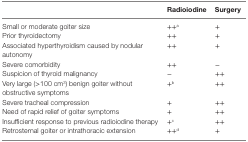
<table><thead><tr><td></td><td><b>Radioiodine</b></td><td><b>Surgery</b></td></tr></thead><tbody><tr><td>Small or moderate goiter size</td><td>++<sup>a</sup></td><td>+</td></tr><tr><td>Prior thyroidectomy</td><td>++</td><td>+</td></tr><tr><td>Associated hyperthyroidism caused by nodular autonomy</td><td>++</td><td>+</td></tr><tr><td>Severe comorbidity</td><td>++</td><td>−</td></tr><tr><td>Suspicion of thyroid malignancy</td><td>−</td><td>++</td></tr><tr><td>Very large (&gt;100 cm<sup>3</sup>) benign goiter without obstructive symptoms</td><td>+<sup>b</sup></td><td>++</td></tr><tr><td>Severe tracheal compression</td><td>+</td><td>++</td></tr><tr><td>Need of rapid relief of goiter symptoms</td><td>+</td><td>++</td></tr><tr><td>Insufficient response to previous radioiodine therapy</td><td>+<sup>c</sup></td><td>++</td></tr><tr><td>Retrosternal goiter or intrathoracic extension</td><td>++<sup>d</sup></td><td>+</td></tr></tbody></table>